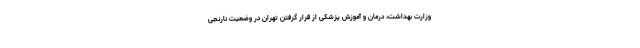
وزارت بهداشت، درمان و آموزش پزشکی از قرار گرفتن تهران در وضعیت نارنجی